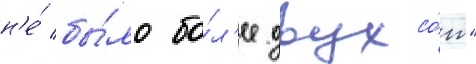
н'е́ бы́ло бо́л'ее двухсо́т"